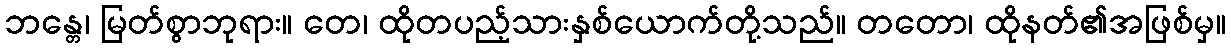
ဘန္တေ၊ မြတ်စွာဘုရား။ တေ၊ ထိုတပည့်သားနှစ်ယောက်တို့သည်။ တတော၊ ထိုနတ်၏အဖြစ်မှ။